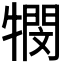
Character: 𭷴